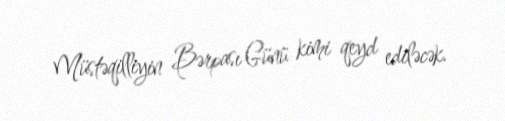
Müstəqilliyin Bərpası Günü kimi qeyd ediləcək.